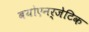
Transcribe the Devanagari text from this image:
बयोएनर्जेटिक